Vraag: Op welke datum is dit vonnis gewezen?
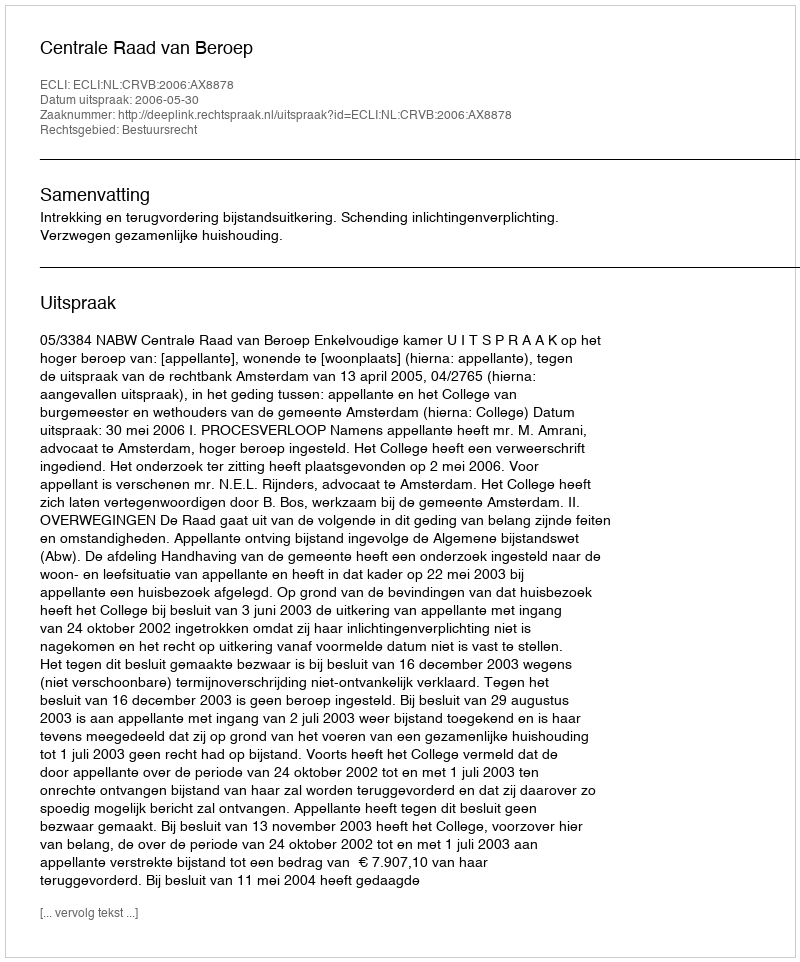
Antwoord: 2006-05-30